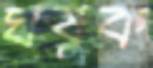
ঘষুক